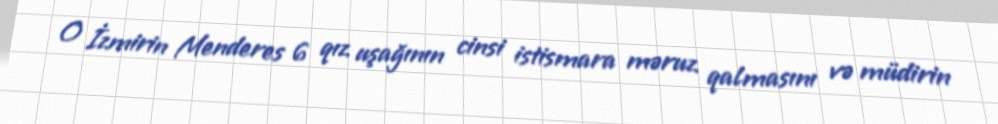
O İzmirin Menderes 6 qız uşağının cinsi istismara məruz qalmasını və müdirin